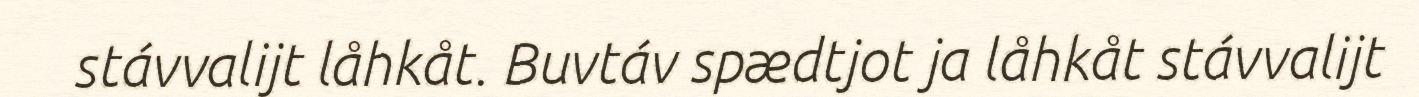
stávvalijt låhkåt. Buvtáv spædtjot ja låhkåt stávvalijt